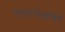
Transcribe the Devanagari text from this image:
एनटरोकॉकी